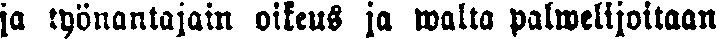
ja työnantajain oikeus ja walta palwelijoitaan